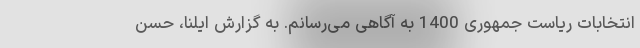
انتخابات ریاست جمهوری 1400 به آگاهی می‌رسانم. به گزارش ایلنا، حسن